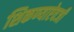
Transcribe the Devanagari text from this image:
शिकण्याऐवजी